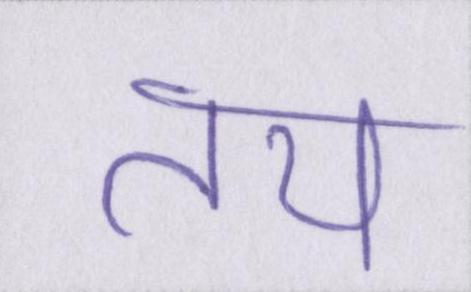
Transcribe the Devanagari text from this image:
तय